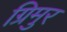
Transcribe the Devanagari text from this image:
ग्रिमुर